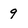
Character: 9